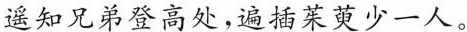
遥知兄弟登高处，遍插茱萸少一人。